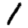
Digit: 1